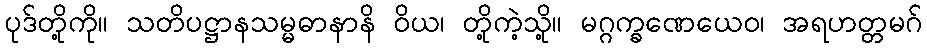
ပုဒ်တို့ကို။ သတိပဋ္ဌာနသမ္မဓာနာနိ ဝိယ၊ တို့ကဲ့သို့။ မဂ္ဂက္ခဏေယေဝ၊ အရဟတ္တမဂ်